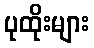
ပုထိုးများ